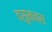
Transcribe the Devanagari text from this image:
वसुमनस